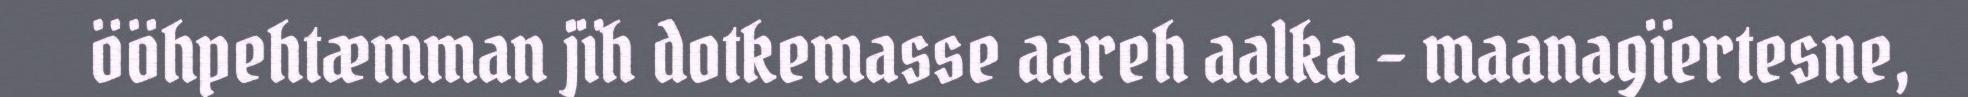
ööhpehtæmman jïh dotkemasse aareh aalka – maanagïertesne,